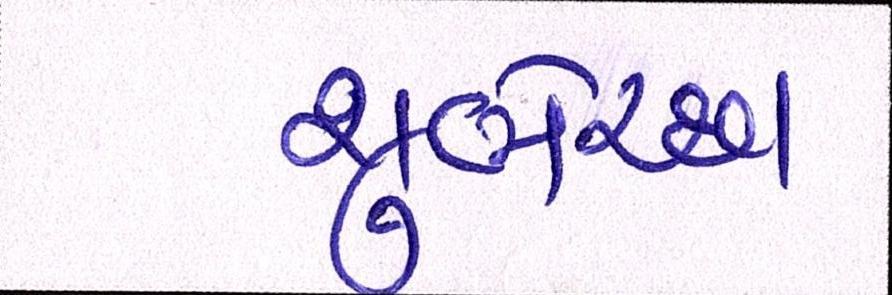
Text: શુભેચ્છા